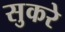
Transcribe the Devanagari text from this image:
सुकरे